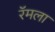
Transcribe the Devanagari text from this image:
रॅमला